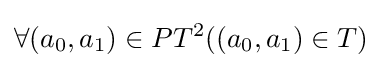
\forall (a_{0},a_{1})\in PT^{2}((a_{0},a_{1})\in T)